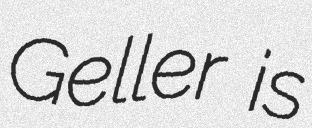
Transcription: Geller is